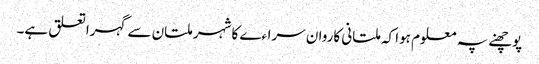
پوچھنے پہ معلوم ہوا کہ ملتانی کاروان سراءے کا شہر ملتان سے گہرا تعلق ہے۔